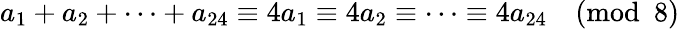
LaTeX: a_{1}+a_{2}+\cdots+a_{24}\equiv 4a_{1}\equiv 4a_{2}\equiv\cdots\equiv 4a_{24}{\pmod{8}}